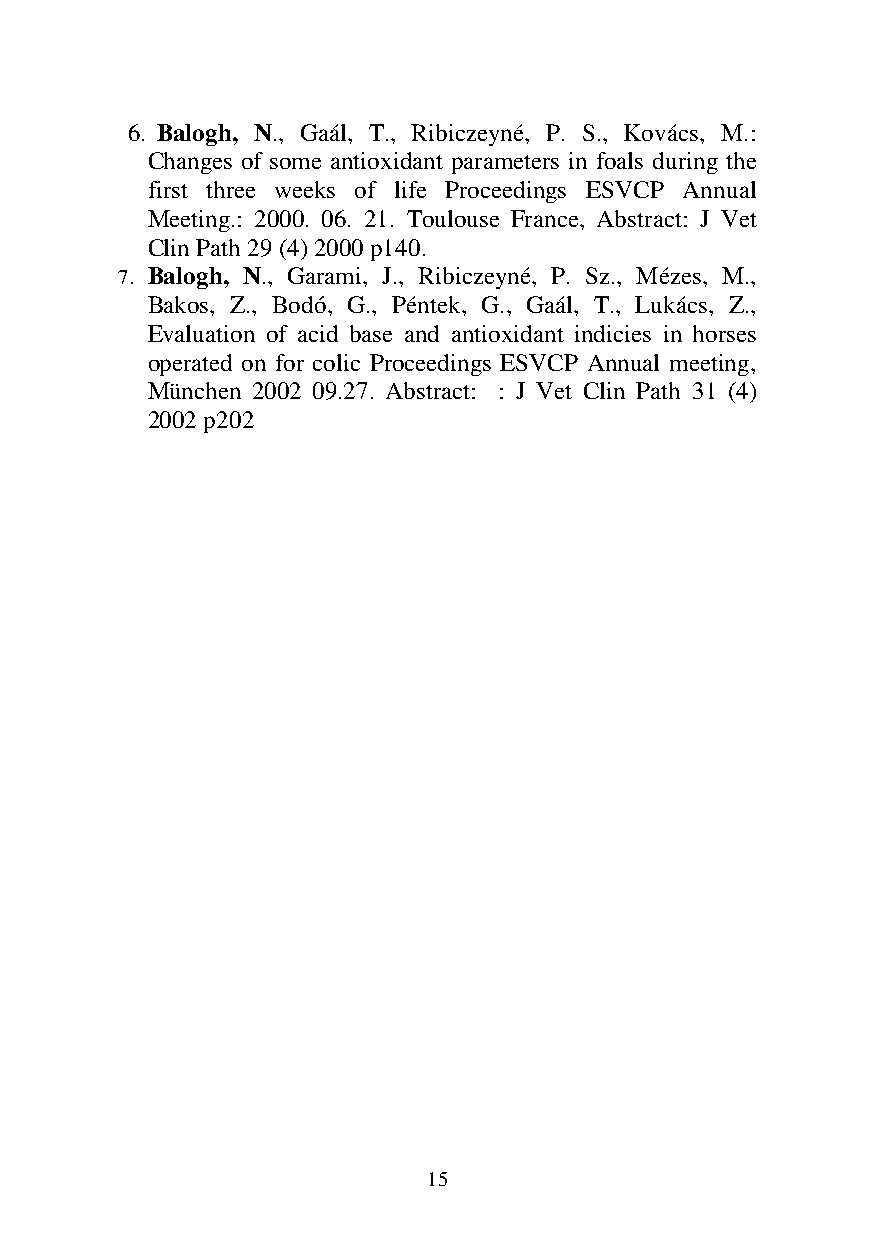
6. Balogh, N., Gaál, T., Ribiczeyné, P. S., Kovács, M.:
 Changes of some antioxidant parameters in foals during the
 first three weeks of life Proceedings ESVCP Annual
 Meeting.: 2000. 06. 21. Toulouse France, Abstract: J Vet
 Clin Path 29 (4) 2000 p140.
 7. Balogh, N., Garami, J., Ribiczeyné, P. Sz., Mézes, M.,
 Bakos, Z., Bodó, G., Péntek, G., Gaál, T., Lukács, Z.,
 Evaluation of acid base and antioxidant indicies in horses
 operated on for colic Proceedings ESVCP Annual meeting,
 München 2002 09.27. Abstract: : J Vet Clin Path 31 (4)
 2002 p202
 15